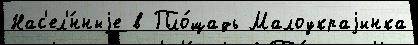
Нас'ел'́нныjе в Пло́щадь Малоукраjинка